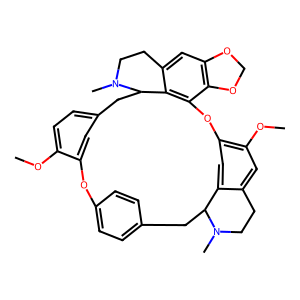
SMILES: COc1ccc2cc1Oc1ccc(cc1)CC1c3cc(c(OC)cc3CCN1C)Oc1c3c(cc4c1C(C2)N(C)CC4)OCO3
Inhibits HIV replication: No